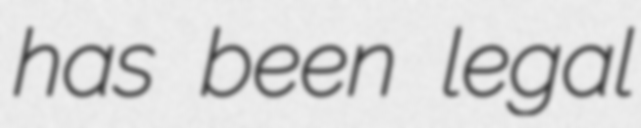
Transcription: has been legal